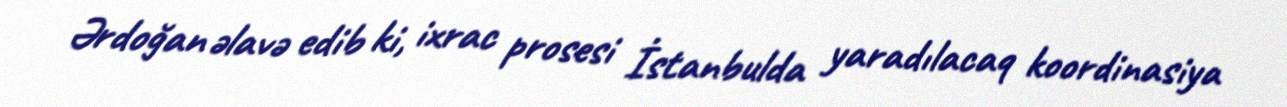
Ərdoğan əlavə edib ki, ixrac prosesi İstanbulda yaradılacaq koordinasiya